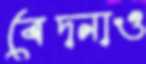
বেদনাও